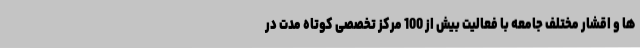
ها و اقشار مختلف جامعه با فعالیت بیش از 100 مرکز تخصصی کوتاه مدت در